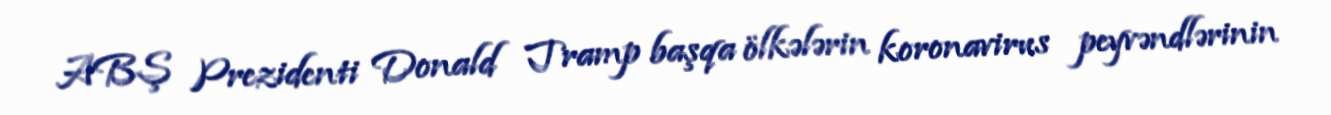
ABŞ Prezidenti Donald Tramp başqa ölkələrin koronavirus peyvəndlərinin